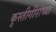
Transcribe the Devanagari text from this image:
कुस्तीगीरांच्या